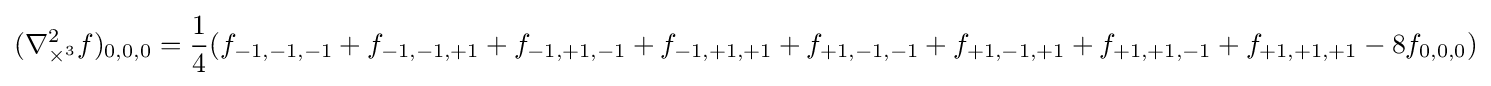
(\nabla _{\times ^{3}}^{2}f)_{0,0,0}={\frac {1}{4}}(f_{-1,-1,-1}+f_{-1,-1,+1}+f_{-1,+1,-1}+f_{-1,+1,+1}+f_{+1,-1,-1}+f_{+1,-1,+1}+f_{+1,+1,-1}+f_{+1,+1,+1}-8f_{0,0,0})